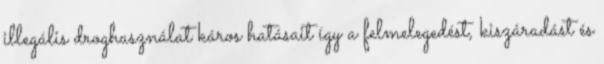
illegális droghasználat káros hatásait így a felmelegedést, kiszáradást és